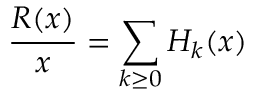
\frac { R ( x ) } { x } = \sum _ { k \ge 0 } H _ { k } ( x )